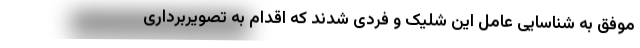
موفق به شناسایی عامل این شلیک و فردی شدند که اقدام به تصویربرداری